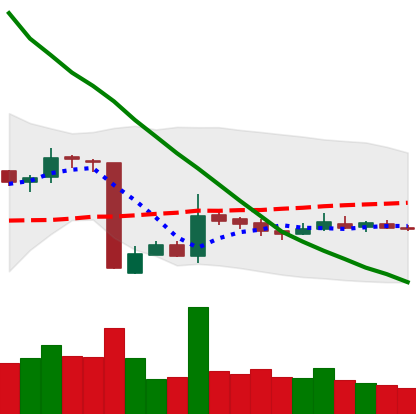
Ticker: EOS-USD
Chart end date: 2018-10-25
Forward return: -4.43%
Label: down_3_5